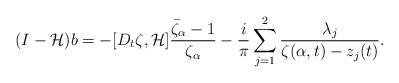
LaTeX: \begin{align*}(I-\mathcal{H})b=-[D_t\zeta, \mathcal{H}]\frac{\bar{\zeta}_{\alpha}-1}{\zeta_{\alpha}}-\frac{i}{\pi} \sum_{j=1}^2 \frac{\lambda_j}{\zeta(\alpha,t)-z_j(t)}.\end{align*}